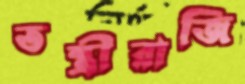
তন্ত্রীরাজি